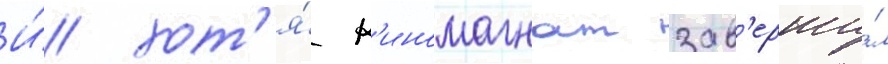
И́ хот'я́ к'иномагнат зав'ерши́л